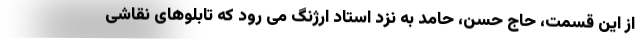
از این قسمت، حاج حسن، حامد به نزد استاد ارژنگ می رود که تابلوهای نقاشی